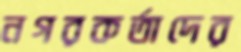
নগরকর্তাদের